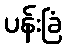
ပန်းခြံ